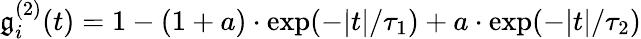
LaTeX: \mathfrak{g}_{i}^{(2)}(t)=1-(1+a)\cdot\mathrm{exp}(-|t|/\tau_{1})+a\cdot\mathrm{exp}(-|t|/\tau_{2})